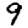
Digit: 9